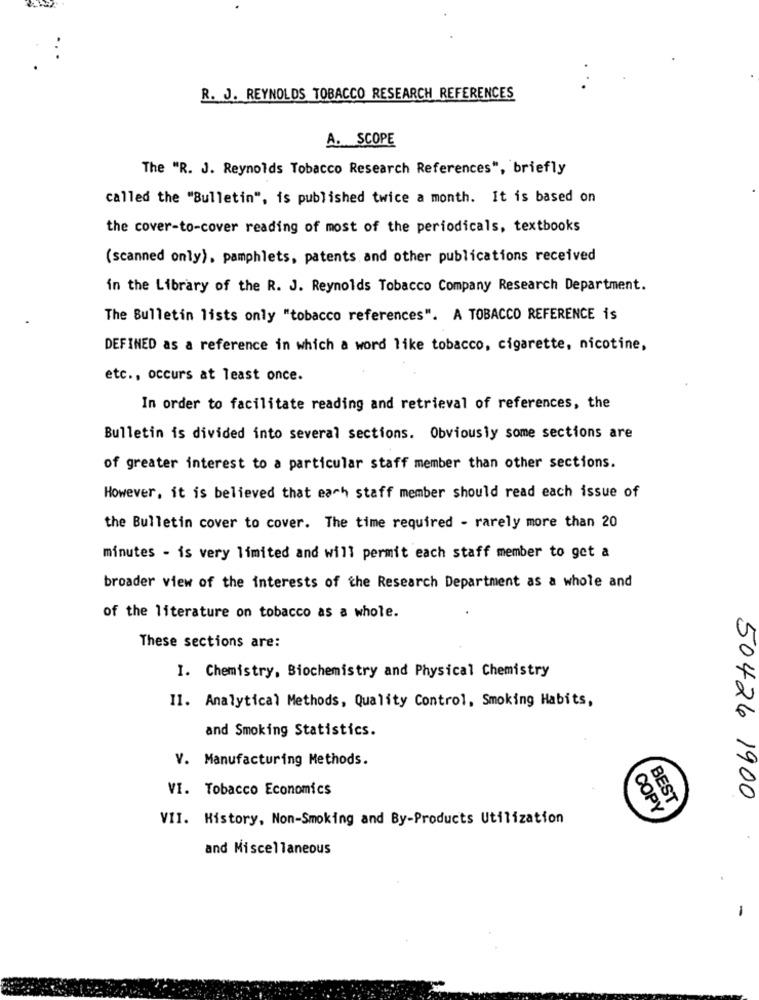
R. J. REYNOLDS TOBACCO RESEARCH REFERENCES
A. SCOPE
The "R. J. Reynolds Tobacco Research References", briefly
called the "Bulletin", is published twice a month. It is based on
the cover-to-cover reading of most of the periodicals, textbooks
(scanned only), pamphlets, patents and other publications received
in the Library of the R. J. Reynolds Tobacco Company Research Department.
The Bulletin lists only "tobacco references". A TOBACCO REFERENCE is
DEFINED as a reference in which a word like tobacco, cigarette, nicotine,
etc ., occurs at least once.
In order to facilitate reading and retrieval of references, the
Bulletin is divided into several sections. Obviously some sections are
of greater interest to a particular staff member than other sections.
However, it is believed that each staff member should read each issue of
the Bulletin cover to cover. The time required - rarely more than 20
minutes - is very limited and will permit each staff member to get a
broader view of the interests of the Research Department as a whole and
of the literature on tobacco as a whole.
These sections are:
I. Chemistry, Biochemistry and Physical Chemistry
Il. Analytical Methods, Quality Control, Smoking Habits,
and Smoking Statistics.
V. Manufacturing Methods.
VI. Tobacco Economics
50426 1900
COPY
BEST
VII. History, Non-Smoking and By-Products Utilization
and Miscellaneous
-